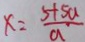
x = \frac { 5 + 5 a } { a }